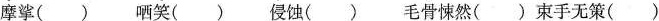
摩挲() 哂笑() 侵蚀() 毛骨悚然() 束手无策()